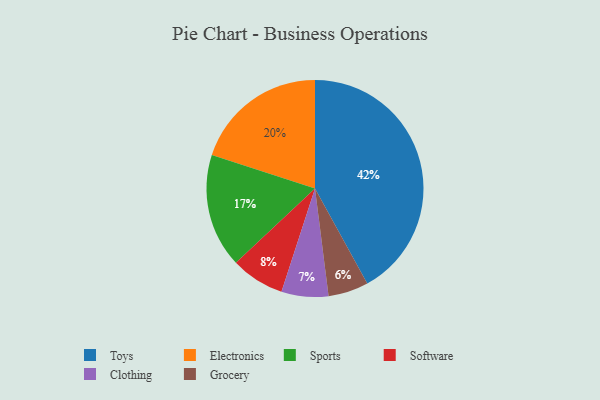
{"axis": {"x": "Category", "y": "Percentage"}, "legend": ["Clothing", "Electronics", "Grocery", "Software", "Sports", "Toys"], "data": [{"x": "Toys", "y": 42, "type": "Toys"}, {"x": "Electronics", "y": 20, "type": "Electronics"}, {"x": "Grocery", "y": 6, "type": "Grocery"}, {"x": "Sports", "y": 17, "type": "Sports"}, {"x": "Clothing", "y": 7, "type": "Clothing"}, {"x": "Software", "y": 8, "type": "Software"}]}